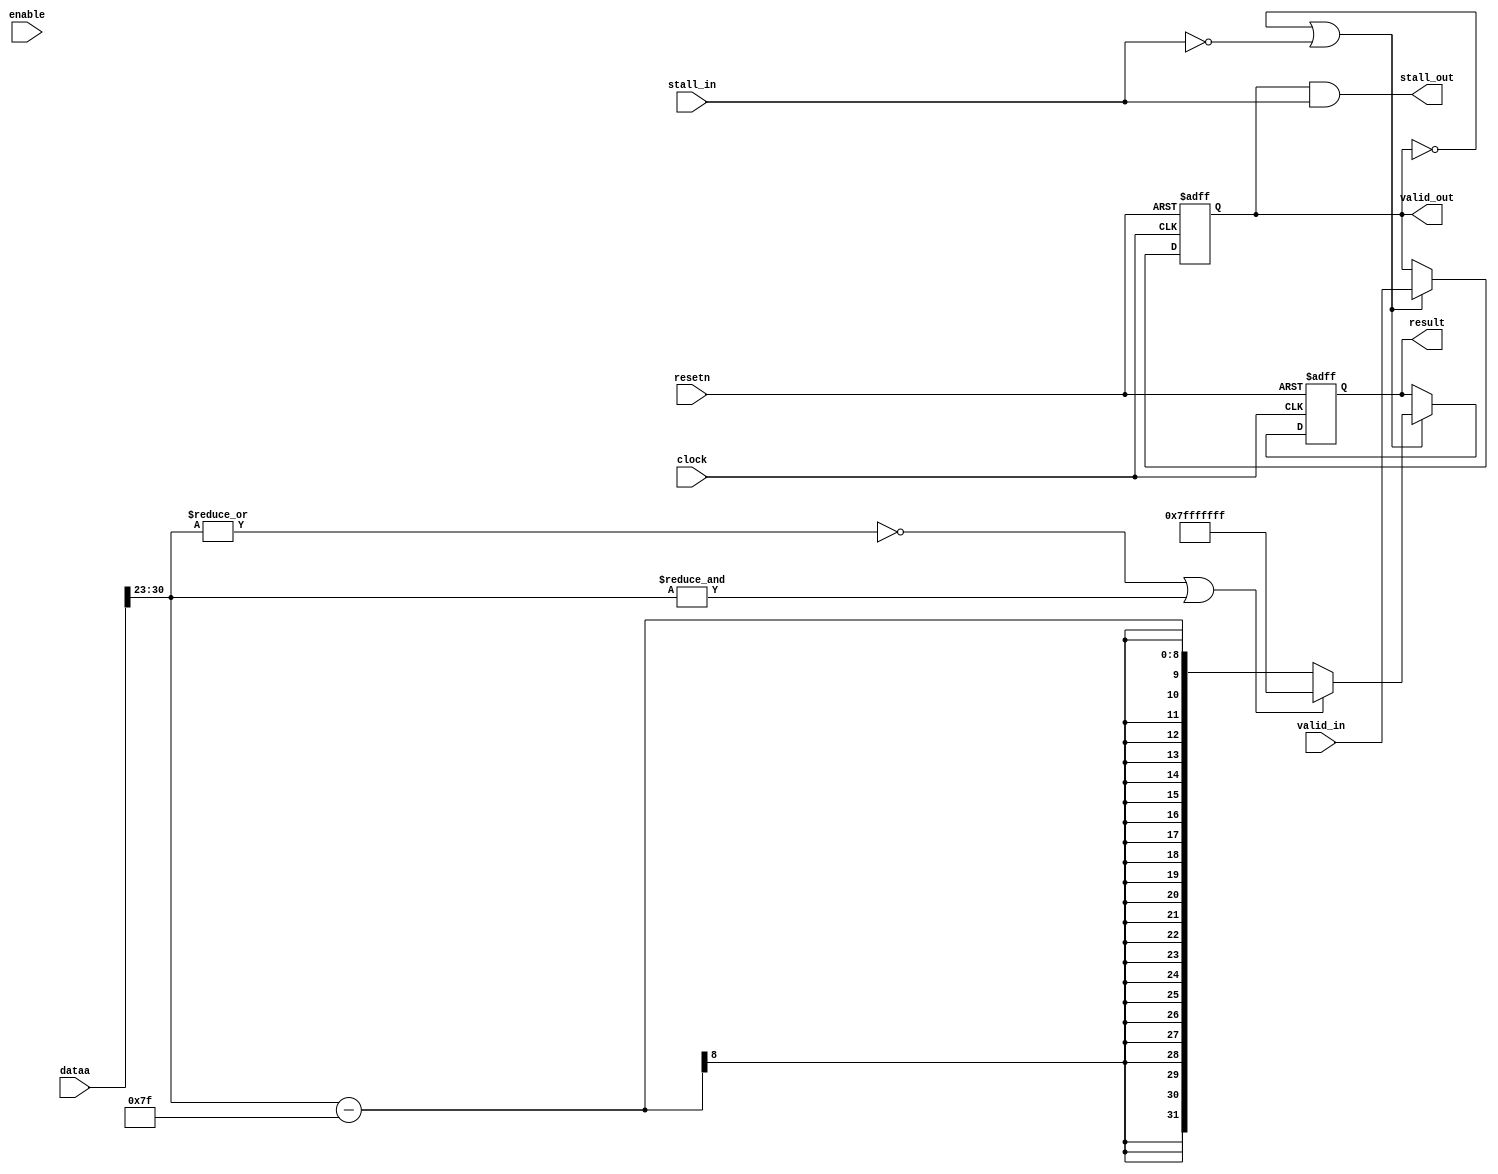
module acl_fp_extract_exp( clock, resetn, enable, valid_in, valid_out, stall_in, stall_out, dataa, result);
	parameter WIDTH = 32;
	parameter HIGH_CAPACITY = 1;
	input clock, resetn;
	input enable, valid_in, stall_in;
	output valid_out, stall_out;
	input [WIDTH-1:0] dataa;
	output [31:0] result;
	reg c1_valid;
	wire c1_stall;
	wire c1_enable = (HIGH_CAPACITY == 1) ? (~c1_valid | ~c1_stall) : enable;
	assign stall_out = c1_valid & c1_stall;
	reg [31:0] c1_exponent;
	always@(posedge clock or negedge resetn)
	begin
		if (~resetn)
		begin
      c1_valid <= 1'b0;
      c1_exponent <= 32'dx;
		end
		else if (c1_enable)
		begin
			c1_valid <= valid_in;
			if (WIDTH==32)
			begin
			  if ((~(|dataa[WIDTH-2:WIDTH-9])) || (&dataa[WIDTH-2:WIDTH-9]))
				begin
					c1_exponent <= 32'h7fffffff;
				end
				else
				begin
					c1_exponent <= {1'b0, dataa[WIDTH-2:WIDTH-9]} - 9'd127;
				end
			end
			else
			begin
			  if ((~(|dataa[WIDTH-2:WIDTH-12])) || (&dataa[WIDTH-2:WIDTH-12]))
				begin
					c1_exponent <= 32'h7fffffff;
				end
				else
				begin
					c1_exponent <= {1'b0, dataa[WIDTH-2:WIDTH-12]} - 12'd1023;
				end
			end			
		end
	end
	assign c1_stall = stall_in;
	assign valid_out = c1_valid;
	assign result = c1_exponent;	
endmodule